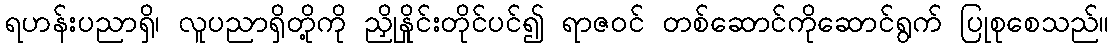
ရဟန်းပညာရှိ၊ လူပညာရှိတို့ကို ညှိုနှိုင်းတိုင်ပင်၍ ရာဇဝင် တစ်ဆောင်ကိုဆောင်ရွက် ပြုစုစေသည်။